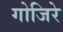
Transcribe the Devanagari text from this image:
गोजिरे